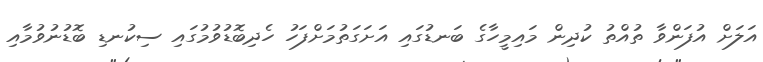
އަލަށް އުފަންވާ ތުއްތު ކުދިން މައިމީހާގެ ބަނޑުގައި އަށަގަތުމަށްފަހު ހެދިބޮޑުވުމުގައި ސިކުނޑި ބޮޑުނުވުމާއި